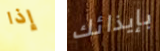
إذا بإيذائك